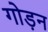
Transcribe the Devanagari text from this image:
गोड़न